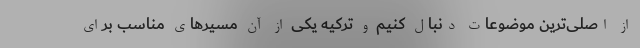
از اصلی‌ترین موضوعات دنبال کنیم و ترکیه یکی از آن مسیرهای مناسب برای